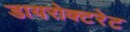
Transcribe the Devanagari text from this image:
डायरोक्टरेट